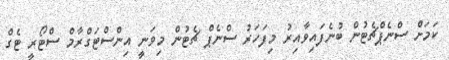
ކަމަށް ސްނެޕްޗެޓުން ބުނެފައިވާއިރު މިފަހަރު ސްނެޕް ޗެޓުން މިވަނީ އިންސްޓަގްރާމް ސްޓޯރީ ޓެގް